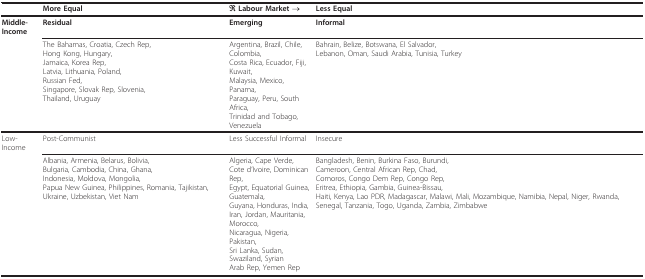
<table><thead><tr><td></td><td><b>More Equal</b></td><td><b>← Labour Market →</b></td><td><b>Less Equal</b></td></tr></thead><tbody><tr><td><b>Middle-Income</b></td><td><b>Residual</b></td><td><b>Emerging</b></td><td><b>Informal</b></td></tr><tr><td></td><td>The Bahamas, Croatia, Czech Rep,Hong Kong, Hungary,Jamaica, Korea Rep,Latvia, Lithuania, Poland,Russian Fed,Singapore, Slovak Rep, Slovenia,Thailand, Uruguay</td><td>Argentina, Brazil, Chile, Colombia,Costa Rica, Ecuador, Fiji, Kuwait,Malaysia, Mexico, Panama,Paraguay, Peru, South Africa,Trinidad and Tobago, Venezuela</td><td>Bahrain, Belize, Botswana, El Salvador,Lebanon, Oman, Saudi Arabia, Tunisia, Turkey</td></tr><tr><td>Low-Income</td><td>Post-Communist</td><td>Less Successful Informal</td><td>Insecure</td></tr><tr><td></td><td>Albania, Armenia, Belarus, Bolivia,Bulgaria, Cambodia, China, Ghana,Indonesia, Moldova, Mongolia,Papua New Guinea, Philippines, Romania, Tajikistan, Ukraine, Uzbekistan, Viet Nam</td><td>Algeria, Cape Verde,Cote d&#x27;Ivoire, Dominican Rep,Egypt, Equatorial Guinea, Guatemala,Guyana, Honduras, India,Iran, Jordan, Mauritania, Morocco,Nicaragua, Nigeria, Pakistan,Sri Lanka, Sudan, Swaziland, SyrianArab Rep, Yemen Rep</td><td>Bangladesh, Benin, Burkina Faso, Burundi,Cameroon, Central African Rep, Chad,Comoros, Congo Dem Rep, Congo Rep,Eritrea, Ethiopia, Gambia, Guinea-Bissau,Haiti, Kenya, Lao PDR, Madagascar, Malawi, Mali, Mozambique, Namibia, Nepal, Niger, Rwanda, Senegal, Tanzania, Togo, Uganda, Zambia, Zimbabwe</td></tr></tbody></table>